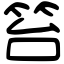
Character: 笞